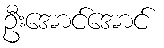
ဦးအောင်အောင်